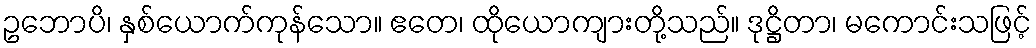
ဥဘောပိ၊ နှစ်ယောက်ကုန်သော။ ဧတေ၊ ထိုယောကျားတို့သည်။ ဒုဋ္ဌိတာ၊ မကောင်းသဖြင့်